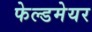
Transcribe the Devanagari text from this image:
फेल्डमेयर